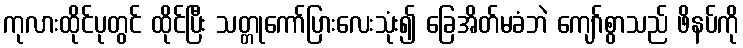
ကုလားထိုင်ပုတွင် ထိုင်ပြီး သတ္တုကော်ပြားလေးသုံး၍ ခြေအိတ်မခံဘဲ ကျော်စွာသည် ဖိနပ်ကို